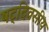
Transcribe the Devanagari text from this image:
षट्‌दिवसीय